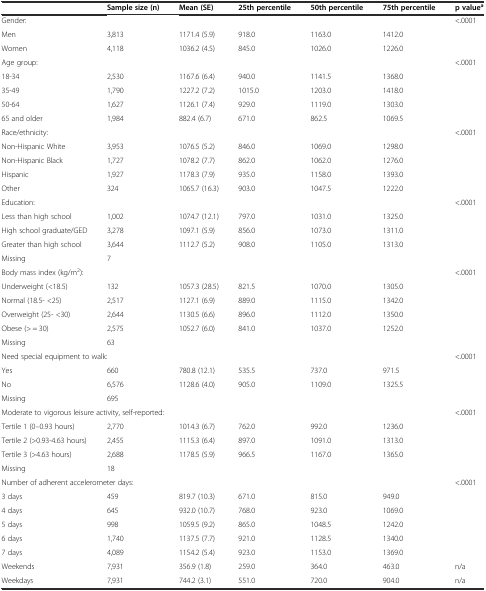
<table><thead><tr><td></td><td><b>Sample size (n)</b></td><td><b>Mean (SE)</b></td><td><b>25th percentile</b></td><td><b>50th percentile</b></td><td><b>75th percentile</b></td><td><b>p value<sup>a</sup></b></td></tr></thead><tbody><tr><td>Gender:</td><td></td><td></td><td></td><td></td><td></td><td>&lt;.0001</td></tr><tr><td>Men</td><td>3,813</td><td>1171.4 (5.9)</td><td>918.0</td><td>1163.0</td><td>1412.0</td><td></td></tr><tr><td>Women</td><td>4,118</td><td>1036.2 (4.5)</td><td>845.0</td><td>1026.0</td><td>1226.0</td><td></td></tr><tr><td>Age group:</td><td></td><td></td><td></td><td></td><td></td><td>&lt;.0001</td></tr><tr><td>18-34</td><td>2,530</td><td>1167.6 (6.4)</td><td>940.0</td><td>1141.5</td><td>1368.0</td><td></td></tr><tr><td>35-49</td><td>1,790</td><td>1227.2 (7.2)</td><td>1015.0</td><td>1203.0</td><td>1418.0</td><td></td></tr><tr><td>50-64</td><td>1,627</td><td>1126.1 (7.4)</td><td>929.0</td><td>1119.0</td><td>1303.0</td><td></td></tr><tr><td>65 and older</td><td>1,984</td><td>882.4 (6.7)</td><td>671.0</td><td>862.5</td><td>1069.5</td><td></td></tr><tr><td>Race/ethnicity:</td><td></td><td></td><td></td><td></td><td></td><td>&lt;.0001</td></tr><tr><td>Non-Hispanic White</td><td>3,953</td><td>1076.5 (5.2)</td><td>846.0</td><td>1069.0</td><td>1298.0</td><td></td></tr><tr><td>Non-Hispanic Black</td><td>1,727</td><td>1078.2 (7.7)</td><td>862.0</td><td>1062.0</td><td>1276.0</td><td></td></tr><tr><td>Hispanic</td><td>1,927</td><td>1178.3 (7.9)</td><td>935.0</td><td>1158.0</td><td>1393.0</td><td></td></tr><tr><td>Other</td><td>324</td><td>1065.7 (16.3)</td><td>903.0</td><td>1047.5</td><td>1222.0</td><td></td></tr><tr><td>Education:</td><td></td><td></td><td></td><td></td><td></td><td>&lt;.0001</td></tr><tr><td>Less than high school</td><td>1,002</td><td>1074.7 (12.1)</td><td>797.0</td><td>1031.0</td><td>1325.0</td><td></td></tr><tr><td>High school graduate/GED</td><td>3,278</td><td>1097.1 (5.9)</td><td>856.0</td><td>1073.0</td><td>1311.0</td><td></td></tr><tr><td>Greater than high school</td><td>3,644</td><td>1112.7 (5.2)</td><td>908.0</td><td>1105.0</td><td>1313.0</td><td></td></tr><tr><td>Missing</td><td>7</td><td></td><td></td><td></td><td></td><td></td></tr><tr><td>Body mass index (kg/m<sup>2</sup>):</td><td></td><td></td><td></td><td></td><td></td><td>&lt;.0001</td></tr><tr><td>Underweight (&lt;18.5)</td><td>132</td><td>1057.3 (28.5)</td><td>821.5</td><td>1070.0</td><td>1305.0</td><td></td></tr><tr><td>Normal (18.5- &lt;25)</td><td>2,517</td><td>1127.1 (6.9)</td><td>889.0</td><td>1115.0</td><td>1342.0</td><td></td></tr><tr><td>Overweight (25- &lt;30)</td><td>2,644</td><td>1130.5 (6.6)</td><td>896.0</td><td>1112.0</td><td>1350.0</td><td></td></tr><tr><td>Obese (&gt; = 30)</td><td>2,575</td><td>1052.7 (6.0)</td><td>841.0</td><td>1037.0</td><td>1252.0</td><td></td></tr><tr><td>Missing</td><td>63</td><td></td><td></td><td></td><td></td><td></td></tr><tr><td colspan="2">Need special equipment to walk:</td><td></td><td></td><td></td><td></td><td>&lt;.0001</td></tr><tr><td>Yes</td><td>660</td><td>780.8 (12.1)</td><td>535.5</td><td>737.0</td><td>971.5</td><td></td></tr><tr><td>No</td><td>6,576</td><td>1128.6 (4.0)</td><td>905.0</td><td>1109.0</td><td>1325.5</td><td></td></tr><tr><td>Missing</td><td>695</td><td></td><td></td><td></td><td></td><td></td></tr><tr><td colspan="3">Moderate to vigorous leisure activity, self-reported:</td><td></td><td></td><td></td><td>&lt;.0001</td></tr><tr><td>Tertile 1 (0–0.93 hours)</td><td>2,770</td><td>1014.3 (6.7)</td><td>762.0</td><td>992.0</td><td>1236.0</td><td></td></tr><tr><td>Tertile 2 (&gt;0.93-4.63 hours)</td><td>2,455</td><td>1115.3 (6.4)</td><td>897.0</td><td>1091.0</td><td>1313.0</td><td></td></tr><tr><td>Tertile 3 (&gt;4.63 hours)</td><td>2,688</td><td>1178.5 (5.9)</td><td>966.5</td><td>1167.0</td><td>1365.0</td><td></td></tr><tr><td>Missing</td><td>18</td><td></td><td></td><td></td><td></td><td></td></tr><tr><td colspan="2">Number of adherent accelerometer days:</td><td></td><td></td><td></td><td></td><td>&lt;.0001</td></tr><tr><td>3 days</td><td>459</td><td>819.7 (10.3)</td><td>671.0</td><td>815.0</td><td>949.0</td><td></td></tr><tr><td>4 days</td><td>645</td><td>932.0 (10.7)</td><td>768.0</td><td>923.0</td><td>1069.0</td><td></td></tr><tr><td>5 days</td><td>998</td><td>1059.5 (9.2)</td><td>865.0</td><td>1048.5</td><td>1242.0</td><td></td></tr><tr><td>6 days</td><td>1,740</td><td>1137.5 (7.7)</td><td>921.0</td><td>1128.5</td><td>1340.0</td><td></td></tr><tr><td>7 days</td><td>4,089</td><td>1154.2 (5.4)</td><td>923.0</td><td>1153.0</td><td>1369.0</td><td></td></tr><tr><td>Weekends</td><td>7,931</td><td>356.9 (1.8)</td><td>259.0</td><td>364.0</td><td>463.0</td><td>n/a</td></tr><tr><td>Weekdays</td><td>7,931</td><td>744.2 (3.1)</td><td>551.0</td><td>720.0</td><td>904.0</td><td>n/a</td></tr></tbody></table>